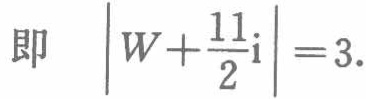
即 $\left|W+\frac{11}{2}\mathrm{i}\right| = 3.$